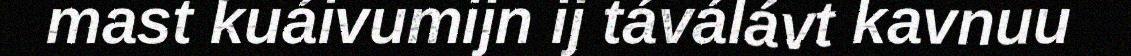
mast kuáivumijn ij táválávt kavnuu